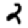
Digit: 2